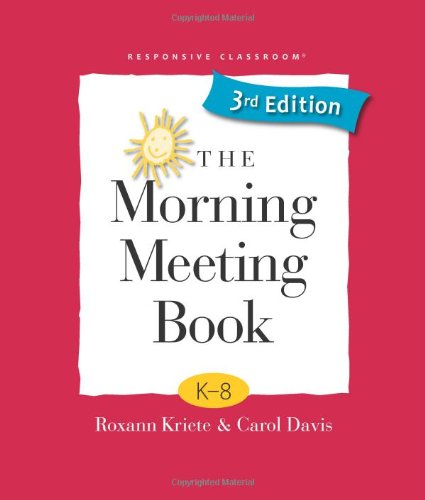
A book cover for The Morning Meeting Book; Roxann Kriete; Education & Teaching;